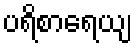
ပရိစာရေယျ